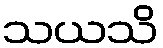
သယသိ